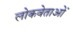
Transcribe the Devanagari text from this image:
लोकवेताओं